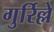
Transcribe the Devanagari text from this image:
गुर्रिल्ले